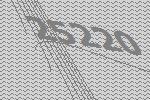
25220